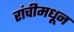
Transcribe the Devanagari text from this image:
रांचीमधून